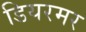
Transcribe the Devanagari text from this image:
डियरमर